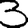
Digit: 3